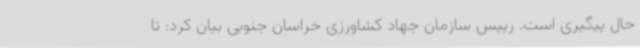
حال پیگیری است. رییس سازمان جهاد کشاورزی خراسان جنوبی بیان کرد: تا